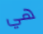
هي